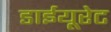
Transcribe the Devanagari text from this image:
डाईयूरेट